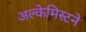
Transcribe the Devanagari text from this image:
अल्केमिस्टने